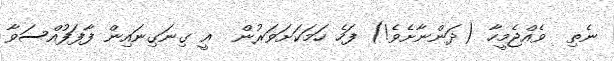
ނެތި  ވެއްޖެމީހާ (ދަންނާށެވެ!) ފަހެ ހަމަކަށަވަރުން  އީ ގިނަގިނައިން ފާފަފުއްސަވާ